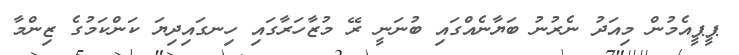
ޕީޕީއެމުން މިއަދު ނެރުނު ބަޔާނެއްގައި ބުނަނީ ރޭ މުޒާހަރާގައި ހިނގައިދިޔަ ކަންކަމުގެ ޒިންމާ